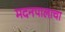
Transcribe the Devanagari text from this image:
मदनपालाचा